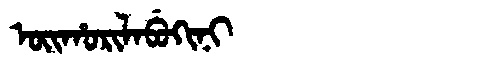
Manchu: ᠣᡳᡥᠣᡵᡳᠯᠠᠪᡠᡴᡳᠨᡳ
Romanization: OIHORILABUKINI